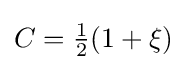
C={\tfrac {1}{2}}(1+\xi )